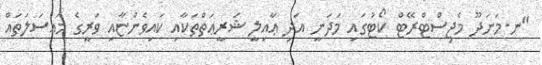
"ނ.މަނަދޫ މެޖިސްޓްރޭޓް ކޯޓުގައި މަދަނީ އަދި ޢާއިލީ ޝަރީޢަތްތަކާއި ކައިވެންޏާއި ވަރީގެ މައްސަލަތައް